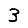
Digit: 3